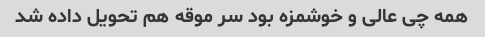
همه چی عالی و خوشمزه بود سر موقه هم تحویل داده شد